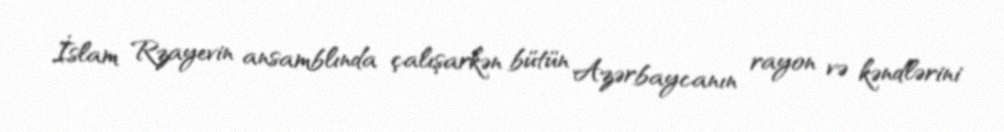
İslam Rzayevin ansamblında çalışarkən bütün Azərbaycanın rayon və kəndlərini